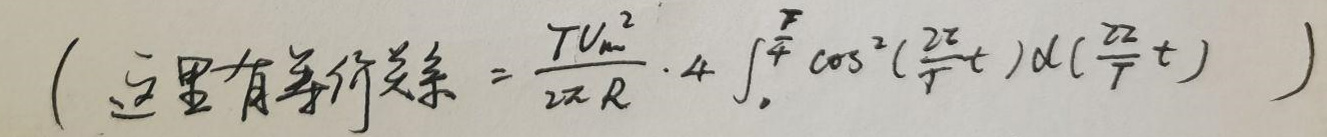
( 这里有等价关系$ = \frac{TV_m^2}{2\pi R} \cdot 4 \int_{0}^{\frac{T}{4}} \cos^2(\frac{2\pi}{T}t) d(\frac{2\pi}{T}t)  $)